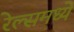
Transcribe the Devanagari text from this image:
रेल्समध्ये